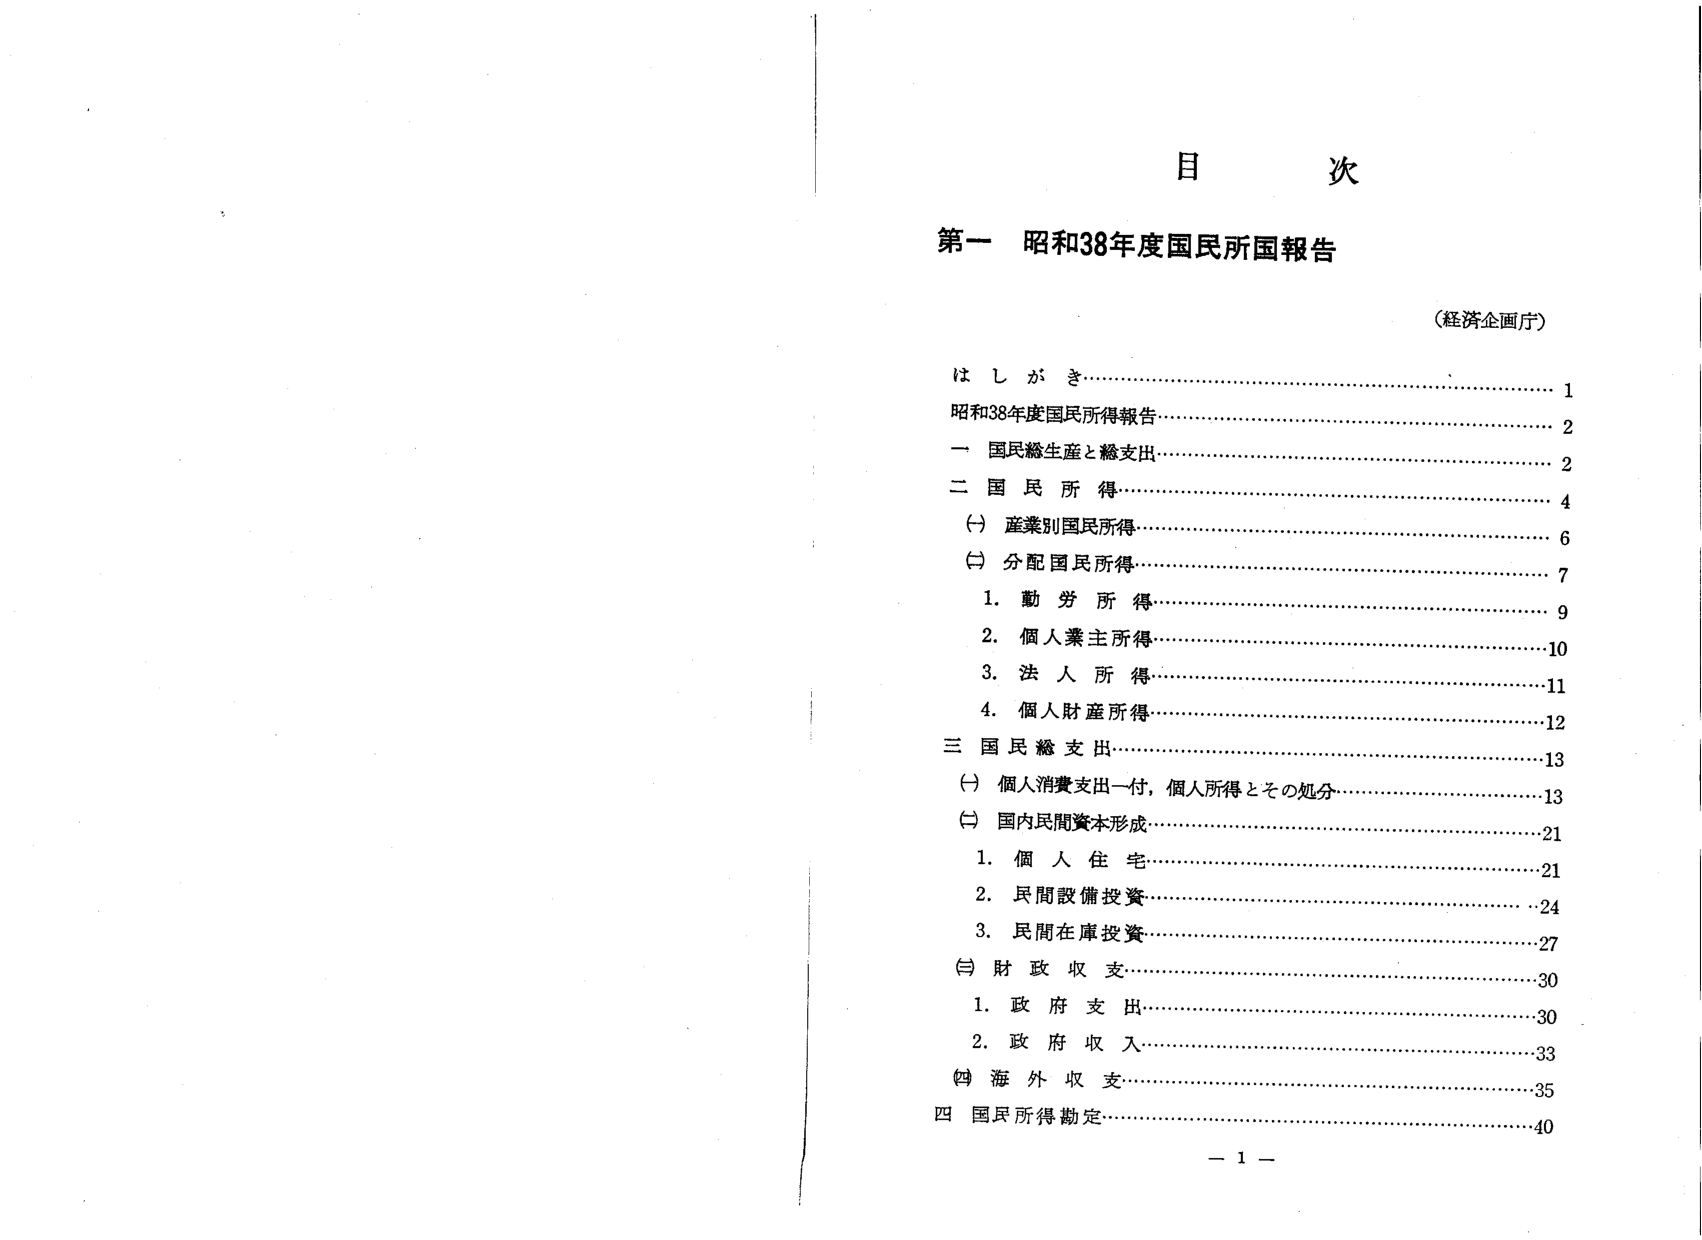
目 次

第一 昭和38年度国民所得報告

（経済企画庁）

はしがき……………………………………………………………1
昭和38年度国民所得報告…………………………………………2
一 国民総生産と総支出……………………………………………2
二 国民所得…………………………………………………………4
　（一）産業別国民所得……………………………………………6
　（二）分配国民所得………………………………………………7
　　1. 勤労所得……………………………………………………9
　　2. 個人業主所得………………………………………………10
　　3. 法人所得……………………………………………………11
　　4. 個人財産所得………………………………………………12
三 国民総支出……………………………………………………13
　（一）個人消費支出一付，個人所得とその処分…………………13
　（二）国内民間資本形成…………………………………………21
　　1. 個人住宅……………………………………………………21
　　2. 民間設備投資………………………………………………24
　　3. 民間在庫投資………………………………………………27
　（三）財政収支……………………………………………………30
　　1. 政府支出……………………………………………………30
　　2. 政府収入……………………………………………………33
　（四）海外収支……………………………………………………35
四 国民所得勘定……………………………………………………40

－ 1 －